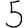
Digit: 5